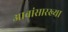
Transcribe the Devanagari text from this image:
आबांसारख्या